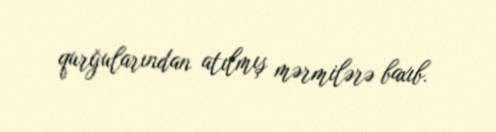
qurğularından atılmış mərmilərə baxıb.